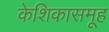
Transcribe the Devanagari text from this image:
केशिकासमूह